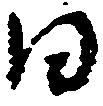
日